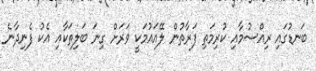
ބަނޑުގައި ރިއްސުމާއި ކުރިމަތި ފަރާތުން ލޭއައުމަކީ ވަރަށް ގިނަ ބަލިތަކާއި އެކު ފެނިދާނެ